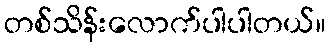
တစ်သိန်းလောက်ပါပါတယ်။